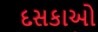
દસકાઓ